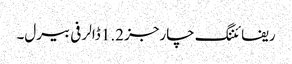
ریفائننگ چارجز 1.2 ڈالر فی بیرل۔